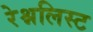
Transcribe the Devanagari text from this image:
रेश्नलिस्ट